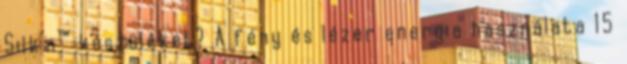
Silk’n™ készüléket? A fény és lézer energia használata 15